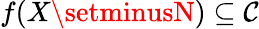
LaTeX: f(X\setminusN)\subseteq\mathcal{C}